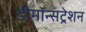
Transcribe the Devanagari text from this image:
डीमॉन्सट्रेशन